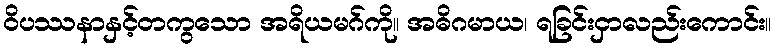
ဝိပဿနာနှင့်တကွသော အရိယမဂ်ကို။ အဓိဂမာယ၊ ရခြင်းငှာလည်းကောင်း။